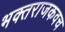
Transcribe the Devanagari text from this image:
भक्तराजकवच